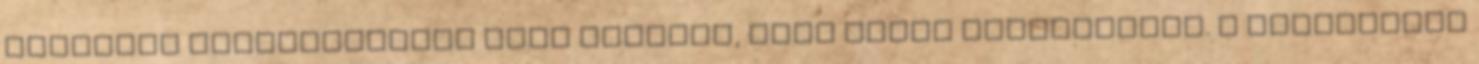
olvastad tisztességgel amit leírtam, csak élből mocskolódsz. A legnagyobb